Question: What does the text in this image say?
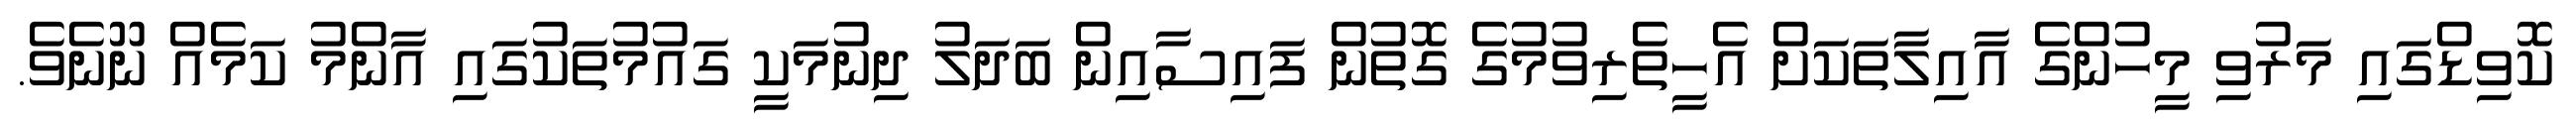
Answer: ކޮވިޑްގައި މަރުވި މީހުންގެ އާއިލާތަކަށް އެހީތެރިވުމުގެ ގޮތުން ފައިސާއިން ބަދަލު ދިނުމަކީ ގައުމުތަކުގައި އާންމު ކަމެއް ނޫނެވެ.